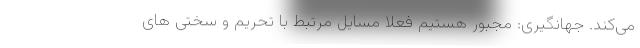
می‌کند. جهانگیری: مجبور هستیم فعلاً مسایل مرتبط با تحریم و سختی های